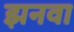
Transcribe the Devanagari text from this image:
झनवा